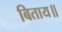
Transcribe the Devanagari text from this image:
बिताय॥